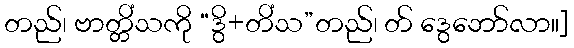
တည်၊ ဗာတ္တိံသကို “ဒွိ+တိံသ”တည်၊ တ် ဒွေဘော်လာ။]